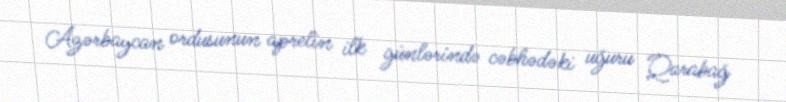
Azərbaycan ordusunun aprelin ilk günlərində cəbhədəki uğuru Qarabağ